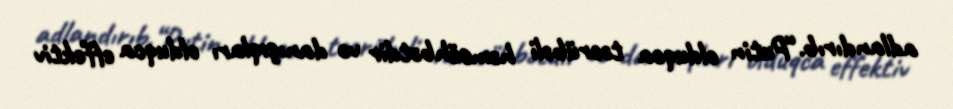
adlandırıb.“Putin olduqca təcrübəli həmsöhbətdir və danışıqları olduqca effektiv